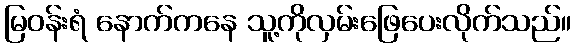
မြဝန်းရံ နောက်ကနေ သူ့ကိုလှမ်းဖြေပေးလိုက်သည်။